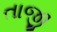
તાજી